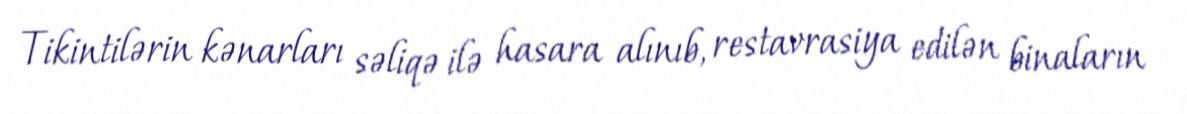
Tikintilərin kənarları səliqə ilə hasara alınıb, restavrasiya edilən binaların